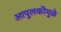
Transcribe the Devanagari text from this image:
आपुलकीमुळे